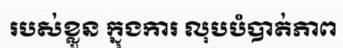
របស់ខ្លួន ក្នុងការ លុបបំបាត់ភាព